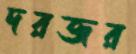
দরজর